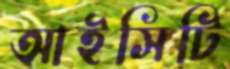
আইসিটি